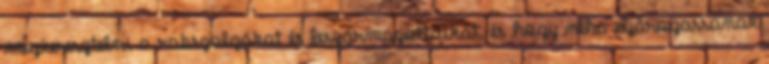
megkeresztelni a rabszolgákat és leszármazottaikat, és hogy néha eljárogassanak